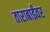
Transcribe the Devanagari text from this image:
ताराबाईंवर